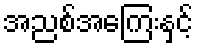
အညစ်အကြေးနှင့်